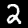
Digit: 2